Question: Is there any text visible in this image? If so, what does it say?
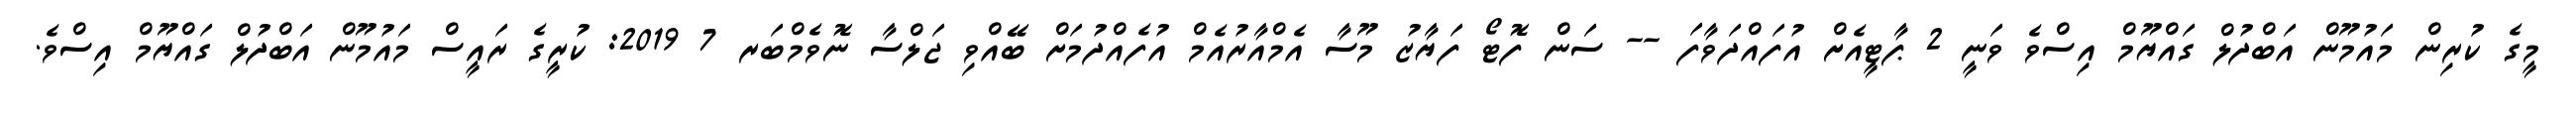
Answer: މީގެ ކުރިން މައުމޫން އަބްދުލް ގައްޔޫމް އިސްވެ ވަނީ 2 ޕާޓީއެށް އުފައްދަވާފަ -- ސަން ފޮޓޯ ފަޔާޒު މޫސާ އެމްއާރުއެމް އުފެއްދުމަށް ބޭއްވި ޖަލްސާ ނޮވެމްބަރ 7 2019: ކުރީގެ ރައީސް މައުމޫން އަބްދުލް ގައްޔޫމް އިސްވެ.